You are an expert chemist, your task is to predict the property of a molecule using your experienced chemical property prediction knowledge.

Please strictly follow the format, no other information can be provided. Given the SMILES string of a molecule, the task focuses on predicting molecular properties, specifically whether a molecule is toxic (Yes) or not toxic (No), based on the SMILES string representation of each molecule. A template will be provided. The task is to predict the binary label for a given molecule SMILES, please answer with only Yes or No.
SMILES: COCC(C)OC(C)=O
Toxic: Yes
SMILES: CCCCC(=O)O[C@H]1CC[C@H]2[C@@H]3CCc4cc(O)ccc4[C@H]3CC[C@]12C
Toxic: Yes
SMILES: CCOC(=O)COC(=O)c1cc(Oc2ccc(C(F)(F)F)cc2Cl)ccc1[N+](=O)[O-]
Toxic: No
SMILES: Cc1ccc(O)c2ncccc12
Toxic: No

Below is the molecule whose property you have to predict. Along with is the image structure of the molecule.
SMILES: COc1cc(C(=O)NC2CCCNC2)cc(OC)c1OC
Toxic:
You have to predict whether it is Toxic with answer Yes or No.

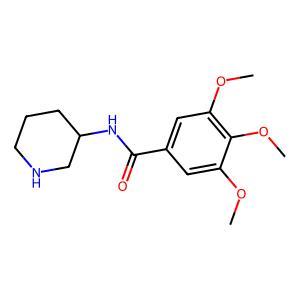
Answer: No